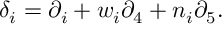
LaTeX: \delta _ { i } = \partial _ { i } + w _ { i } \partial _ { 4 } + n _ { i } \partial _ { 5 } .